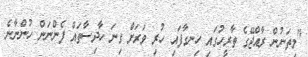
"މިތަނުން ރާއްޖޭގެ ތާރީހުގައި ހިނގާފައި ހުރި ވަރަށް ގިނަ ހާދިސާތައް ފެންނަން ހުންނާނެ.